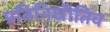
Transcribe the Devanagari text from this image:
प्रतिनिधीतिव